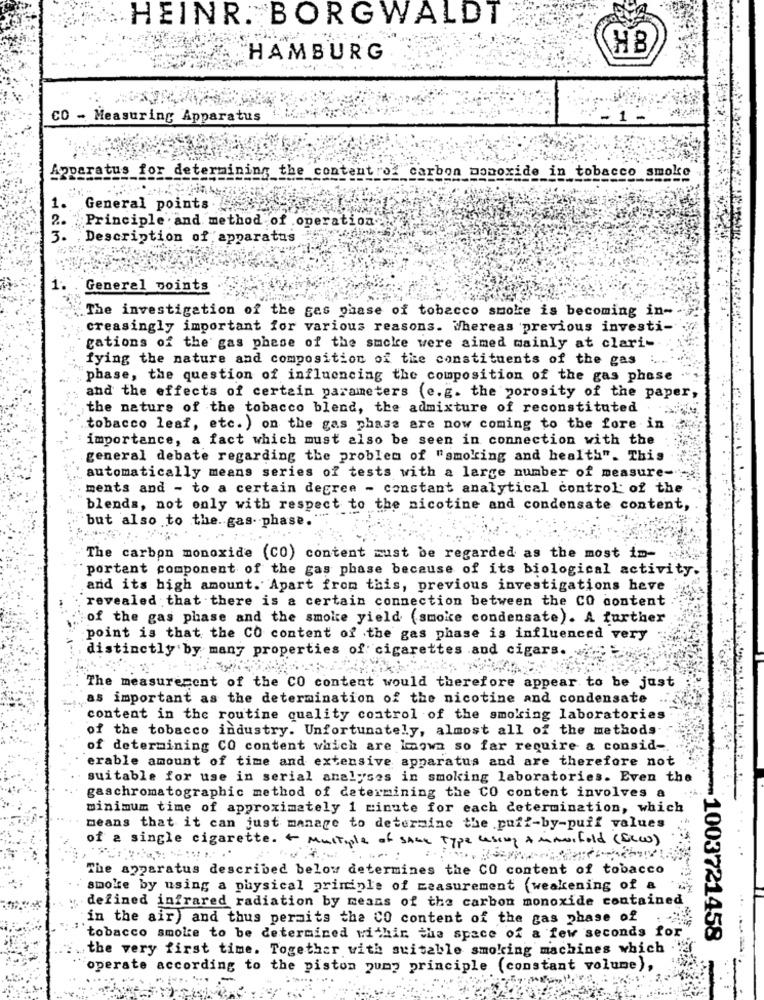
HEINR. BORGWALDT
HB
HAMBURG
CO - Measuring Apparatus
Apparatus for determining the content of carbon monoxide in tobacco smoke
1.
General points.
2.
Principle and method of operation-
3. Description of apparatus
General points
.The investigation of the gas phase of tobacco smoke is becoming in-
creasingly important for various reasons. Whereas previous investi-
gations of the gas phase of the smoke were aimed mainly at clari-
fying the nature and composition of the constituents of the gas
phase, the question of influencing the composition of the gas phase
and the effects of certain parameters (e.g. the porosity of the paper,
the nature of the tobacco blend, the admixture of reconstituted
tobacco leaf, etc. ) on the gas phase are now coming to the fore in
importance, a fact which must also be seen in connection with the
general debate regarding the problem of "smoking and health". This
automatically means series of tests with a large number of measure- -
ments and - to a certain degree - constant analytical control of the
blends, not only with respect to the nicotine and condensate content,
but also to the. gas. phase.
The carbon monoxide (CO) content must be regarded as the most im-
portant component of the gas phase because of its biological activity.
and its high amount. Apart from this, previous investigations heve
revealed that there is a certain connection between the CO content
of the gas phase and the smoke yield (smoke condensate). A further
point is that the CO content of the gas phase is influenced very
distinctly by many properties of cigarettes and cigars.
The measurement of the CO content would therefore appear to be just
as important as the determination of the nicotine and condensate
content in the routine quality control of the smoking laboratories
of the tobacco industry. Unfortunately, almost all of the methods
of determining CO content which are known so far require a consid -.
erable amount of time and extensive apparatus and are therefore not
suitable for use in serial analyses in smoking laboratories. Even the
gaschromatographic method of determining the CO content involves a
minimum time of approximately 1 minute for each determination, which
means that it can just manage to determine the puff-by-puff values
of a single cigarette. Multiple of SALE Type cescap & mmorfold (ICC)
The apparatus described below determines the CO content of tobacco
smoke by using a physical principle of measurement (weakening of a
defined infrared radiation by means of the carbon monoxide contained
in the air) and thus permits the CO content of the gas phase of
tobacco smoke to be determined within the space of a few seconds fo
-1003721458
the very first time. Together with suitable smoking machines which .
operate according to the piston zumy principle (constant volume),